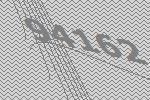
94162